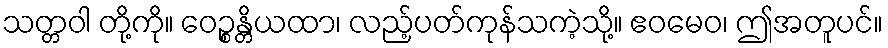
သတ္တဝါ တို့ကို။ ဝေဉ္စန္တိယထာ၊ လည့်ပတ်ကုန်သကဲ့သို့။ ဧဝမေဝ၊ ဤအတူပင်။